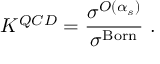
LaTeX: K ^ { Q C D } = { \frac { \sigma ^ { { \cal O } ( \alpha _ { s } ) } } { \sigma ^ { \mathrm { B o r n } } } } ~ .